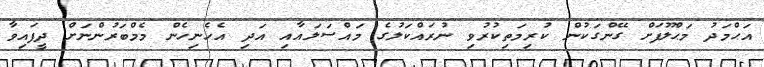
އަޙްމަދު މަޙްލޫފަށް ގޭންގަކުން ކުރިމަތިކުރުވި ނުރައްކަލުގެ މައްސަލައާއި އަދި އެހެނިހެން މެމްބަރުންނަށް ދީފައިވާ